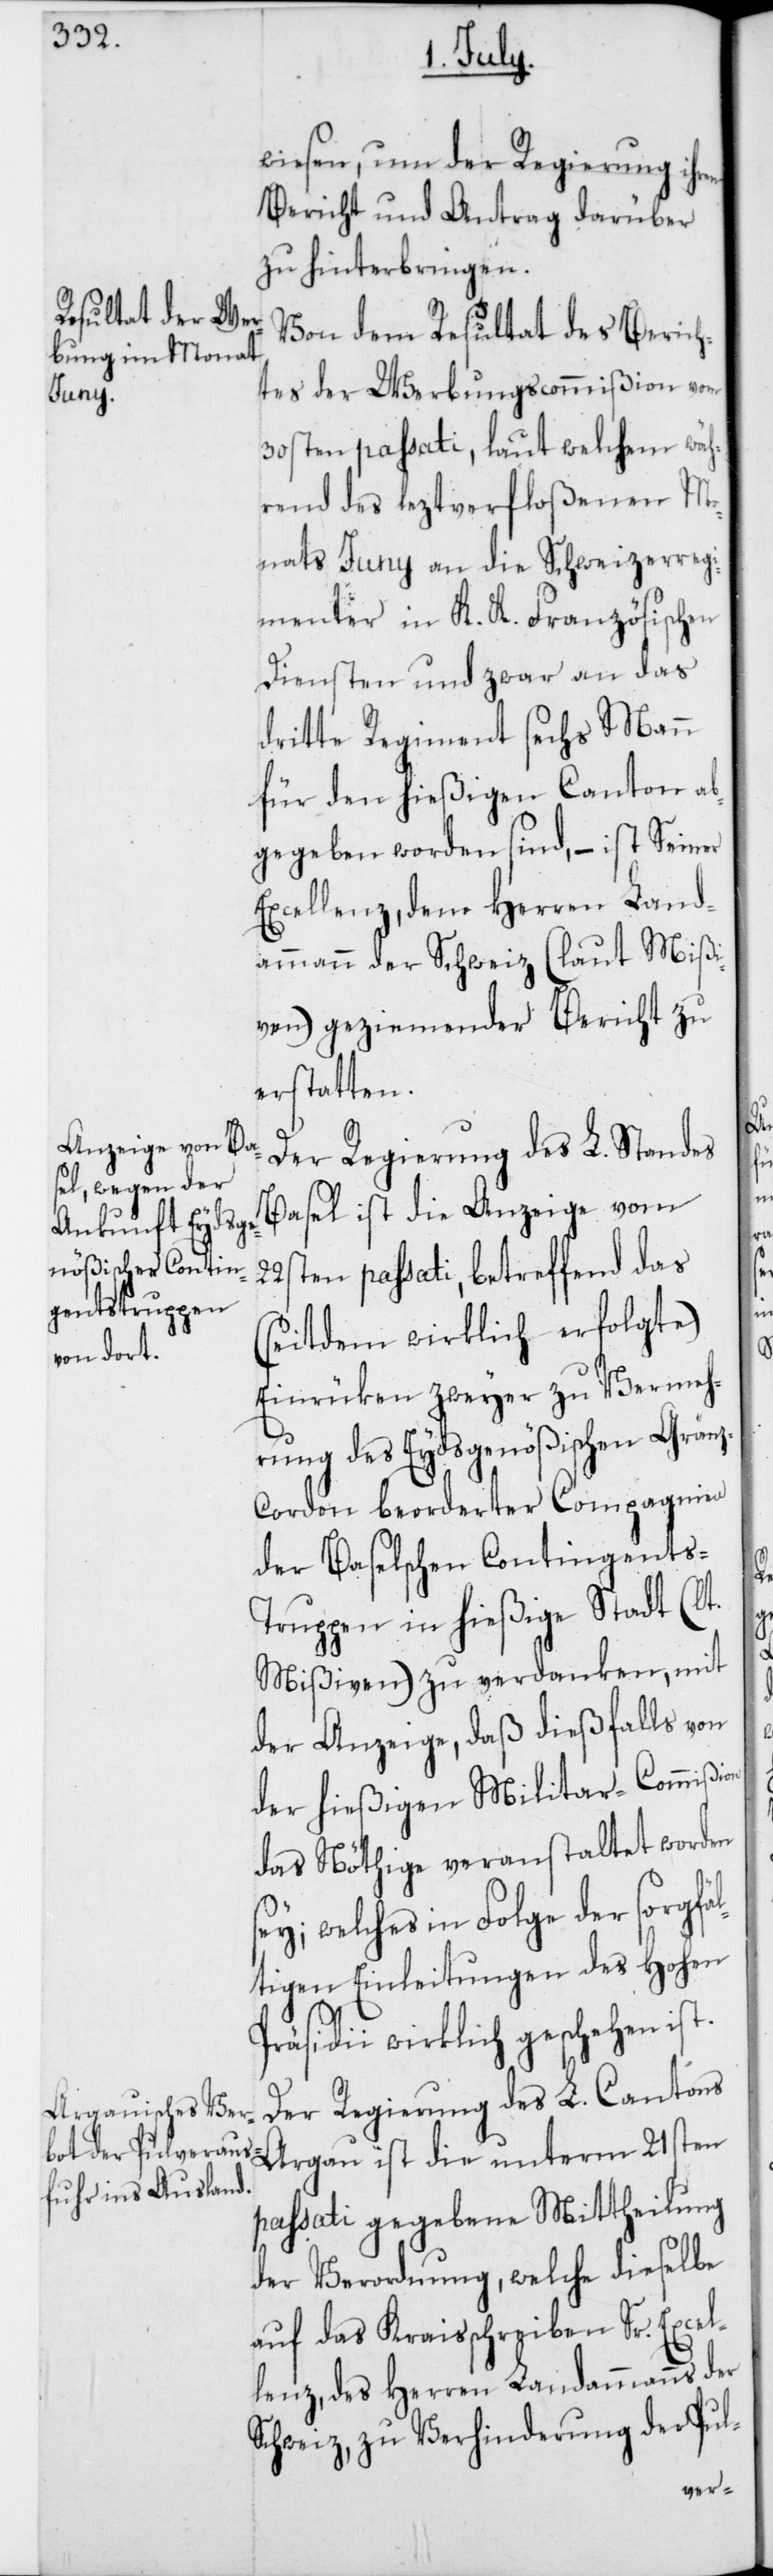
wiesen, um der Regierung ihren
Bericht und Antrag darüber
zu hinterbringen.
Von dem Resultat des Berich¬
tes der Werbungscommißion vom
30sten passati, laut welchem wäh¬
rend des leztverfloßenen Mo¬
nats Juny an die Schweizerregi¬
menter in K. K. Französischen
Diensten und zwar an das
dritte Regiment sechs Mann
für den hießigen Canton ab¬
gegeben worden sind, – ist Seiner
Excellenz, dem Herren Land¬
ammann der Schweiz (laut Mißi¬
ven) geziemender Bericht zu
erstatten.
Der Regierung des L. Standes
Basel ist die Anzeige vom
22sten passati, betreffend das
(seitdem wirklich erfolgte)
Einrücken zweyer zu Vermeh¬
rung des Eydsgenößischen Grän¬
z-Cordon beorderter Compagnien
der Baselschen Contingents-T¬
ruppen in hießige Stadt (lt.
Mißiven) zu verdanken, mit
der Anzeige, daß dießfalls von
der hießigen Militar-Commißion
das Nöthige veranstaltet worden
sey; welches in Folge der sorgfäl¬
tigen Einleitungen des Hohen
Präsidii wirklich geschehen ist.
Der Regierung des L. Cantons
Argau ist die unterm 21sten
passati gegebene Mittheilung
der Verordnung, welche dieselbe
auf das Kraisschreiben Sr. Excel¬
lenz, des Herren Landammanns der
Schweiz, zu Verhinderung der Pul-